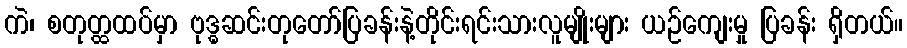
ကဲ၊ စတုတ္ထထပ်မှာ ဗုဒ္ဓဆင်းတုတော်ပြခန်းနဲ့တိုင်းရင်းသားလူမျိုးများ ယဉ်ကျေးမှု ပြခန်း ရှိတယ်။